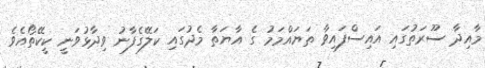
މާއިދާ ސޫރަތުގައި އައިސްފައިވާ ތަޔައްމަމު ގެ އާޔަތާ މެދުގައި ކަލޭގެފާނު ވިދާޅުވަނީ ކީކޭތޯއެވެ